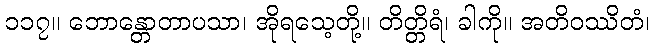
၁၁၇။ ဘောန္တောတာပသာ၊ အိုရသေ့တို့။ တိတ္တိရံ၊ ခါကို။ အတိဝဿိတံ၊